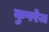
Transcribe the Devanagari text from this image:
कुपरेज